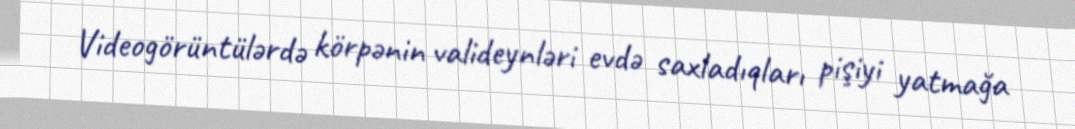
Videogörüntülərdə körpənin valideynləri evdə saxladıqları pişiyi yatmağa